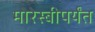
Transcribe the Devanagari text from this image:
मोरेस्बीपर्यंत